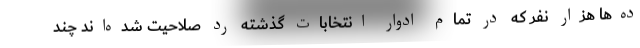
ده‌ها هزار نفر که در تمام ادوار انتخابات گذشته رد صلاحیت شده‌اند چند